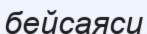
бейсаяси